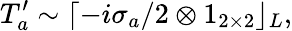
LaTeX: T_{a}^{\prime}\sim\lceil-i\sigma_{a}/2\otimes 1_{2\times 2}\rfloor_{L},